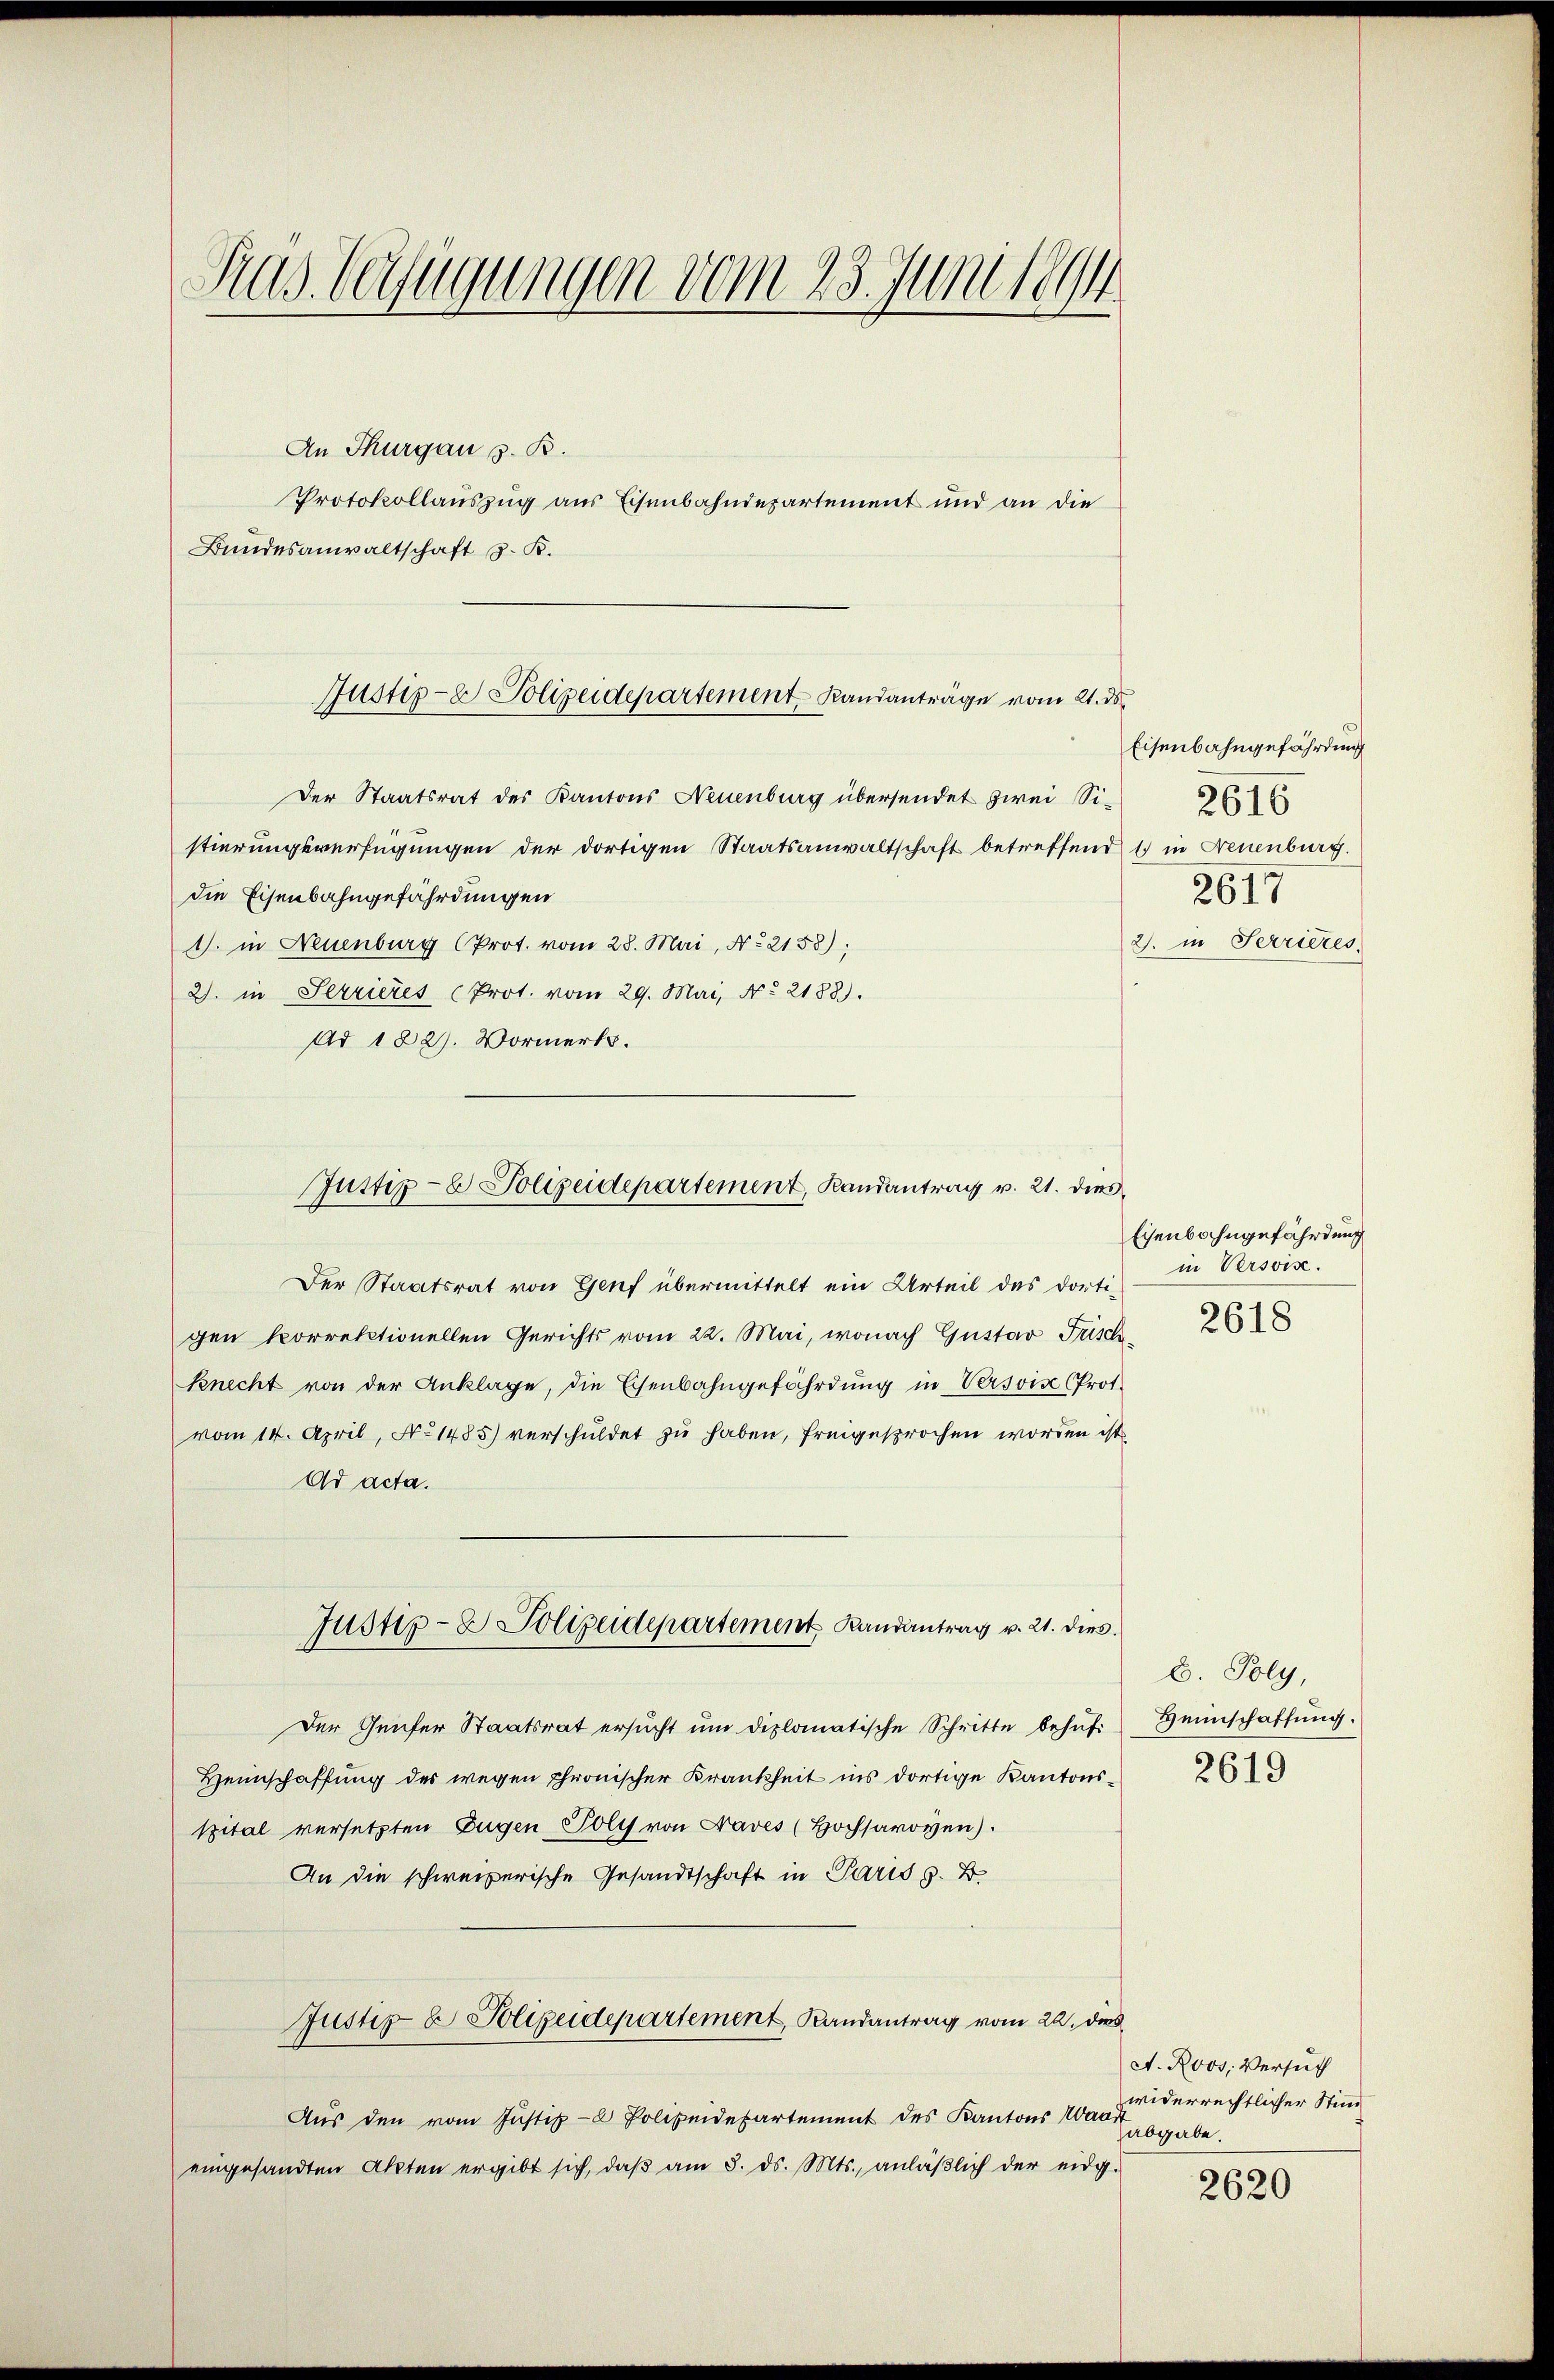
Prag. Verfügungen vom 23. Juni leg

An Thurgau s. B.
Protokollauszug aus Eisenbahndepartement und an die
Bundesanwaltschaft z. B.

Justiz- & Polizeidepartement Randanträge vom 21. ds

Der Staatsrat des Kantons Neuenburg übersendet zwei Sistierungsverfügungen der dortigen Staatsanwaltschaft betreffend 1 in Freuenburg.
die Eisenbahngefährdungen
1. in Neuenburg (Prot. vom 28. Mai, No 2158);
2. in Serrieres (Prot. vom 29. Mai, No 2188).
Ad 182. Vormerk.
Der Staatsrat von Genf übermittelt ein Urteil des dorti-
gen korrektionellen Gerichts vom 22. Mai, wonach Gustav Frischknecht von der Anklage, die Eisenbahngefährdung in Versvis (Prot.
vom 14. April, No 1485) verschuldet zu haben, freigesprochen worden ist
Ad acta.
Justiz- & Polizeidepartement Randantrag v. 21. dies
Der Genfer Staatsrat ersŭcht ŭm diplomatische Schritte behŭf. Heinschaffŭng.
Heimschaffung des wegen chronischer Krankheit ins dortige Kantonsspital versetzten Eugen Polys von Fraves (Hochsavoyen).
An die schweizerische Gesandtschaft in Paris z. B.
Justiz & Polizeidepartement, Randantrag vom 22. dies
Aus den vom Justiz- & Polizeidepartement des Kantons Waadt
abgabe.
eingesandten Akten ergibt sich, daβ am 3. ds. Mts., anläβlich der eidg.

Justiz- & Polizeidepartement, Randantrag v. 21. dies

Eisenbahngefährdung
2616
2617
2. in Serrieres.

Eisenbahngefährdung
in Versvis.
2618

E. Poly,
2619

A. Roos, Versuch
widerrechtlicher Stim

2620